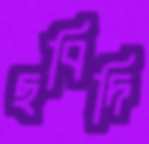
ছবিদি